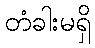
တံခါးမရှိ